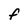
Character: F